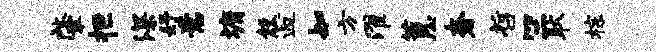
肇拒深妤意墉彀逅知方濯蕙奢哲竺耿棕